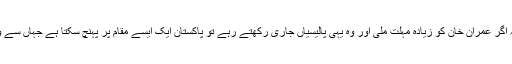
خواجہ آصف کا کہنا تھا کہ اگر عمران خان کو زیادہ مہلت ملی اور وہ یہی پالیسیاں جاری رکھتے رہے تو پاکستان ایک ایسے مقام پر پہنچ سکتا ہے جہاں سے واپسی ناممکن ہوجائے گی۔